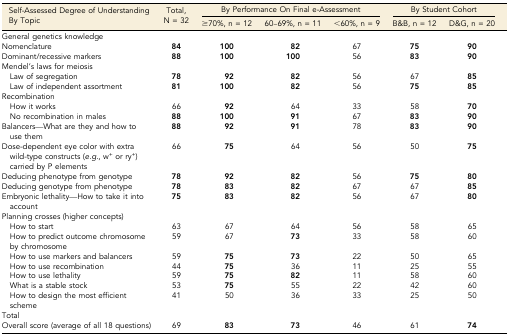
| <ROWSPAN=2> Self-Assessed Degree of Understanding By Topic | <ROWSPAN=2> Total, N = 32 | <COLSPAN=3> By Performance On Final e-Assessment | <COLSPAN=2> By Student Cohort |
 | ≥70%, n = 12 | 60–69%, n = 11 | <60%, n = 9 | B&B, n = 12 | D&G, n = 20 |
 | --- | --- | --- | --- | --- | --- | --- |
 | <COLSPAN=7> General genetics knowledge |
 | Nomenclature | 84 | 100 | 82 | 67 | 75 | 90 |
 | Dominant/recessive markers | 88 | 100 | 100 | 56 | 83 | 90 |
 | Mendel’s laws for meiosis |  |  |  |  |  |  |
 | Law of segregation | 78 | 92 | 82 | 56 | 67 | 85 |
 | Law of independent assortment | 81 | 100 | 82 | 56 | 75 | 85 |
 | Recombination |  |  |  |  |  |  |
 | How it works | 66 | 92 | 64 | 33 | 58 | 70 |
 | No recombination in males | 88 | 100 | 91 | 67 | 83 | 90 |
 | Balancers—What are they and how to use them | 88 | 92 | 91 | 78 | 83 | 90 |
 | Dose-dependent eye color with extra wild-type constructs (e.g., w+ or ry+) carried by P elements | 66 | 75 | 64 | 56 | 50 | 75 |
 | Deducing phenotype from genotype | 78 | 92 | 82 | 56 | 75 | 80 |
 | Deducing genotype from phenotype | 78 | 83 | 82 | 67 | 67 | 85 |
 | Embryonic lethality—How to take it into account | 75 | 83 | 82 | 56 | 67 | 80 |
 | <COLSPAN=7> Planning crosses (higher concepts) |
 | How to start | 63 | 67 | 64 | 56 | 58 | 65 |
 | How to predict outcome chromosome by chromosome | 59 | 67 | 73 | 33 | 58 | 60 |
 | How to use markers and balancers | 59 | 75 | 73 | 22 | 50 | 65 |
 | How to use recombination | 44 | 75 | 36 | 11 | 25 | 55 |
 | How to use lethality | 59 | 75 | 82 | 11 | 58 | 60 |
 | What is a stable stock | 53 | 75 | 55 | 22 | 42 | 60 |
 | How to design the most efficient scheme | 41 | 50 | 36 | 33 | 25 | 50 |
 | <COLSPAN=7> Total |
 | Overall score (average of all 18 questions) | 69 | 83 | 73 | 46 | 61 | 74 |